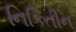
નિકિતીન